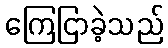
ကြေငြာခဲ့သည်